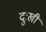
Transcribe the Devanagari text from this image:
दुःखीं